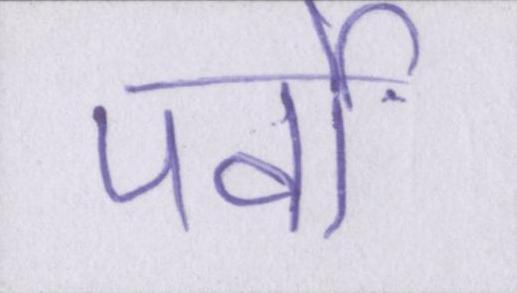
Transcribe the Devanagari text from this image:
पर्वों